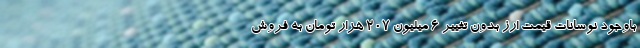
باوجود نوسانات قیمت ارز بدون تغییر 6 میلیون 207 هزار تومان به فروش